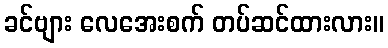
ခင်ဗျား လေအေးစက် တပ်ဆင်ထားလား။